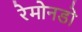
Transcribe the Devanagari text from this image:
रेमोनडो